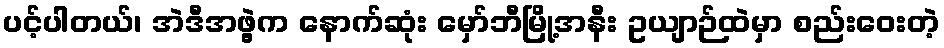
ပင့်ပါတယ်၊ အဲဒီအဖွဲ့က နောက်ဆုံး မှော်ဘီမြို့အနီး ဥယျာဉ်ထဲမှာ စည်းဝေးတဲ့